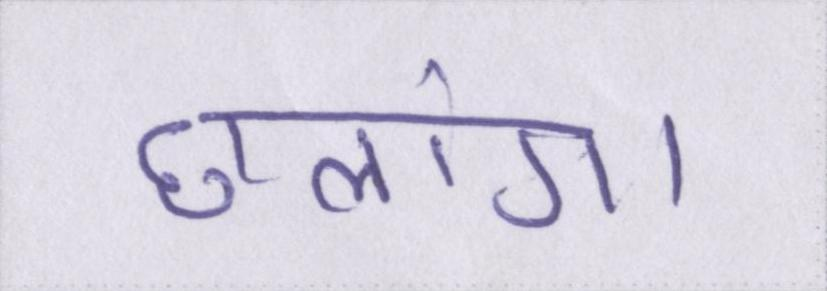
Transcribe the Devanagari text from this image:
छलांग।